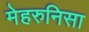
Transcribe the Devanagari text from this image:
मेहरुनिसा